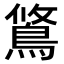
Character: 𫚿